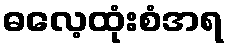
ဓလေ့ထုံးစံအရ